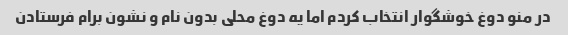
در منو دوغ خوشگوار انتخاب کردم اما یه دوغ محلی بدون نام و نشون برام فرستادن